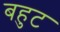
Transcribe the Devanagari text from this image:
बहुट